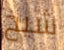
شيخ